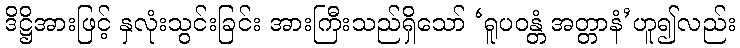
ဒိဋ္ဌိအားဖြင့် နှလုံးသွင်းခြင်း အားကြီးသည်ရှိသော် ‘ရူပဝန္တံ အတ္တာနံ’ဟူ၍လည်း